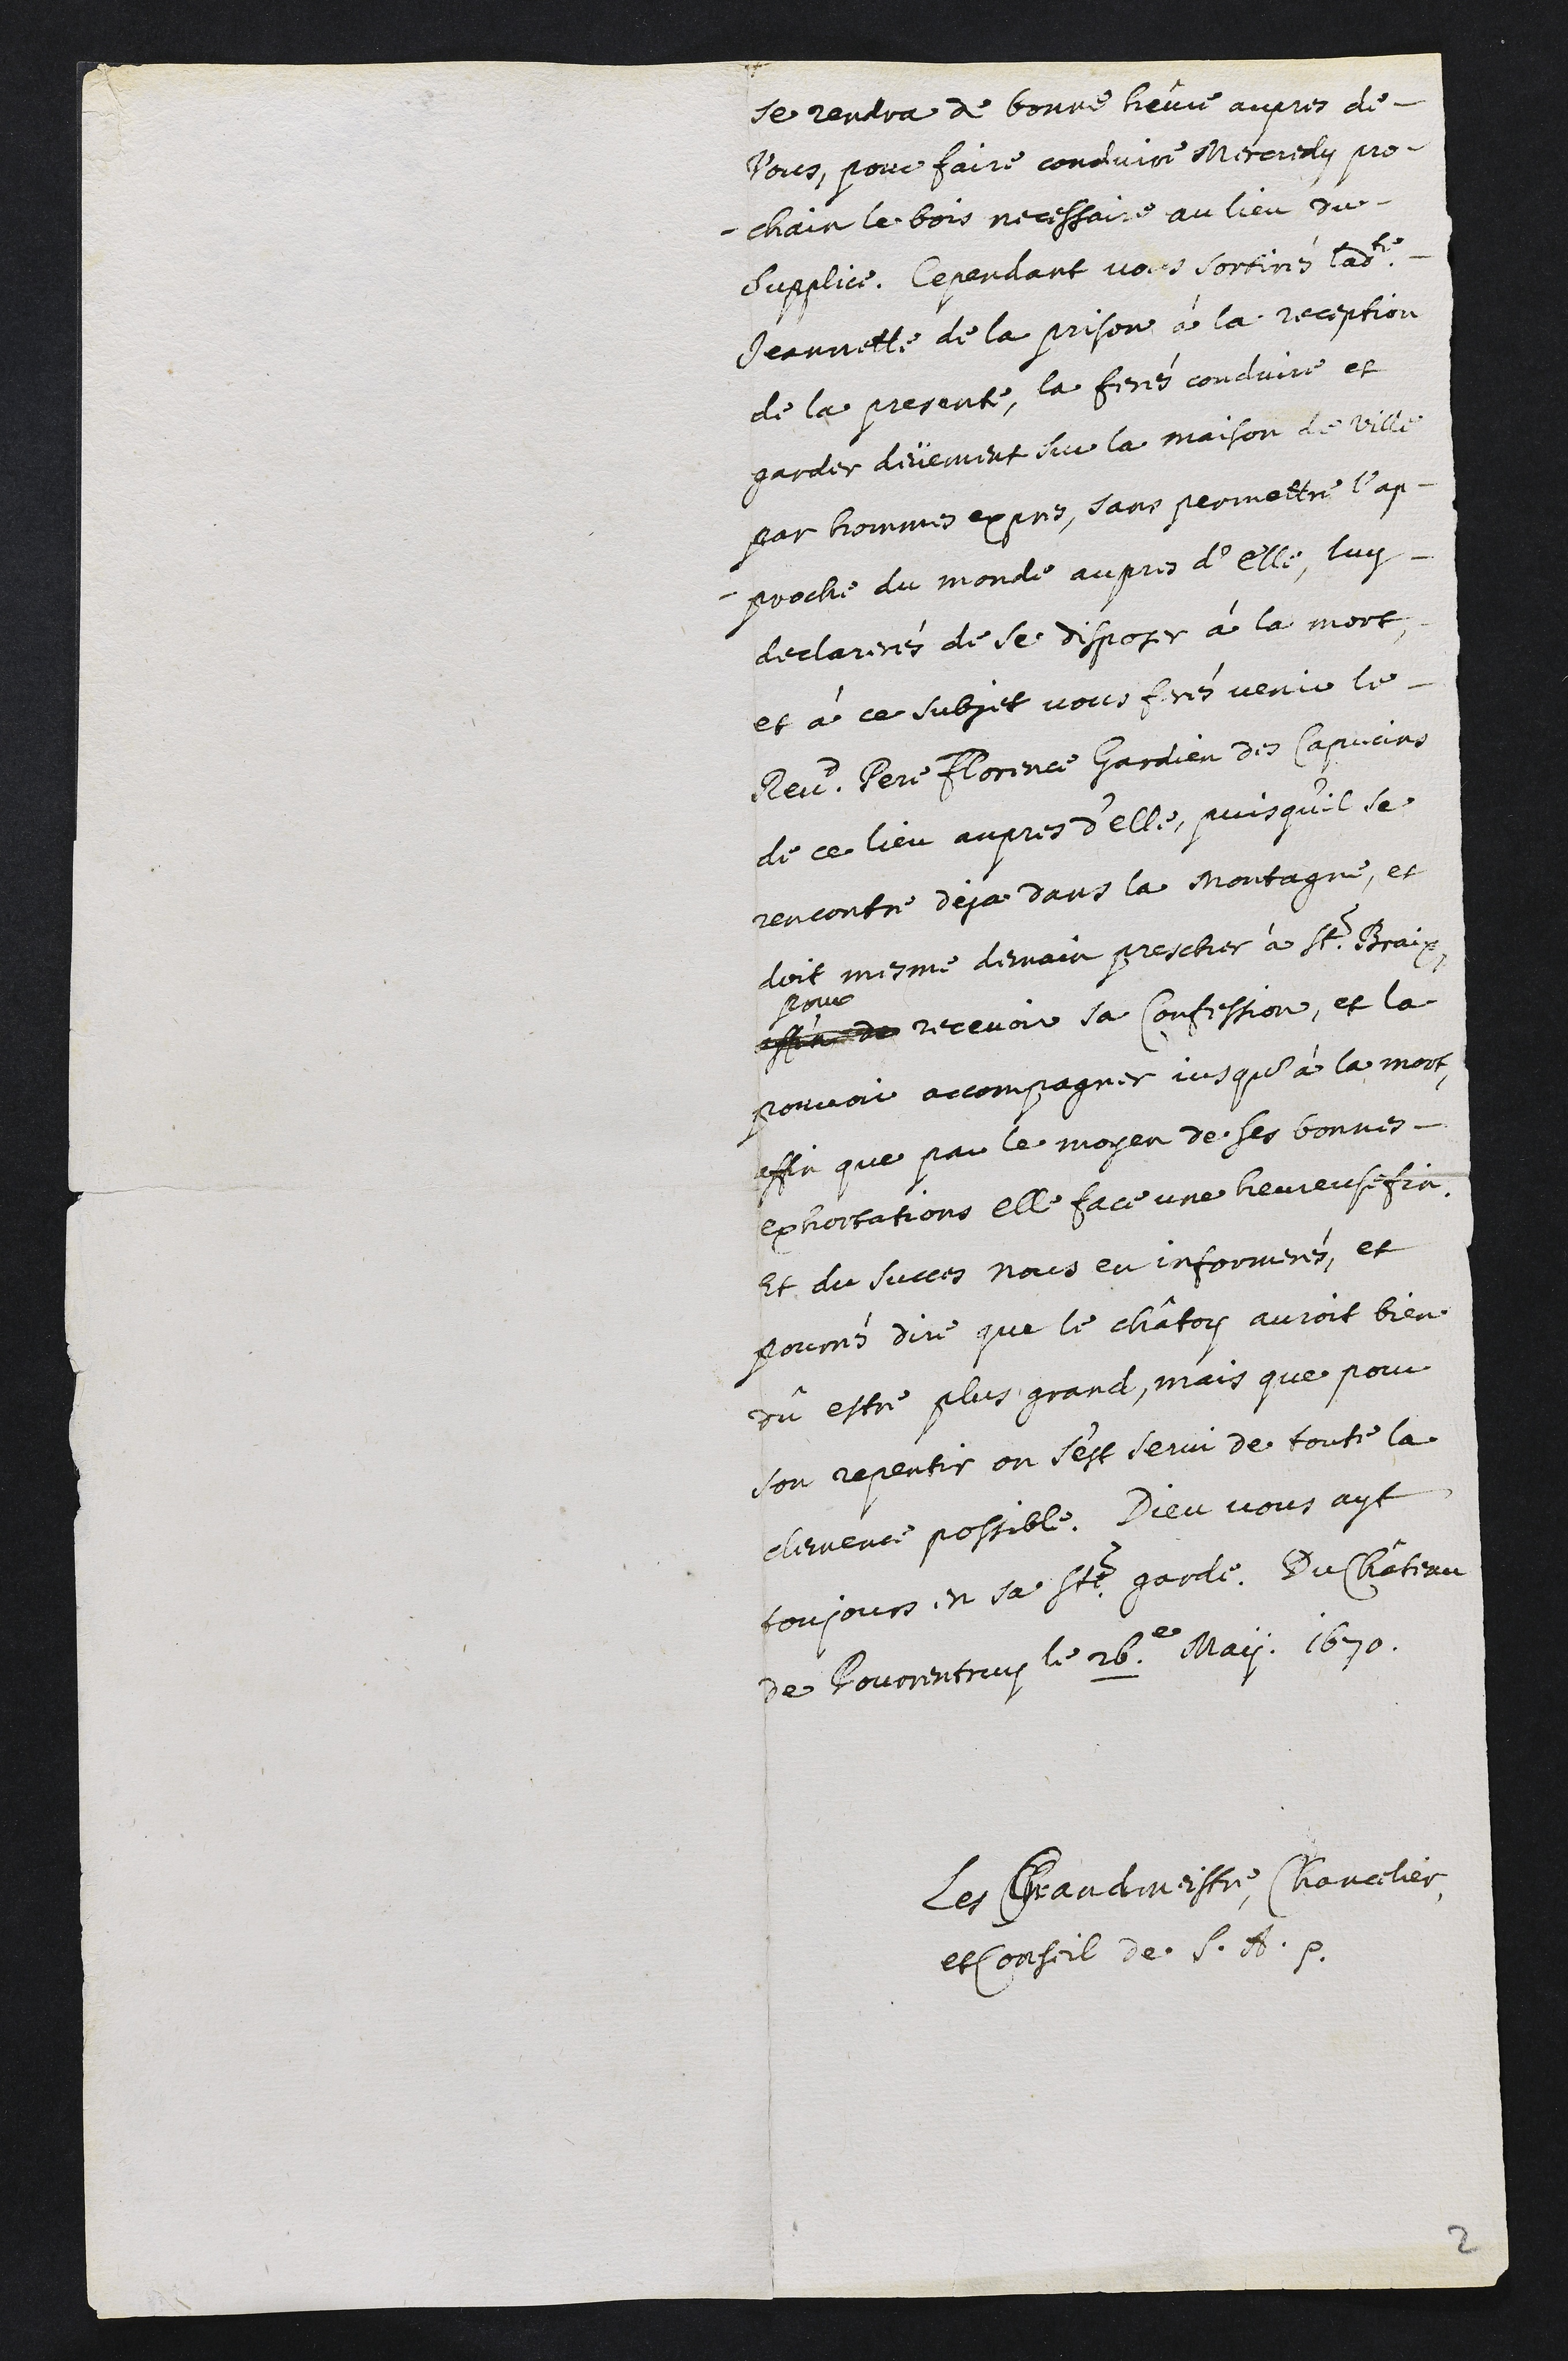
se rendra de bonne heure aupres de
vous, pour faire conduire mercredy pro-
chain le bois necessaire au lieu du
supplice. Cependant vous sortirés ladite
Jeannette de la prison à la reception
de la presente, la ferés conduire et
garder deüement sur la maison de ville
par hommes expres, sans permettre l’ap-
proche du monde aupres d’elle. Luy
declarerés de se disposer à la mort,
et à ce subject vous ferés venir le
Reverend Père Florence Gardien des Capucins
de ce lieu aupres d’elle, puisqu’il se
rencontre deja dans la Montagne, et
doit mesme demain prescher à St. Braix,
affin de
pour
recevoir sa confession, et la
pouvoir accompagner jusqu’à la mort,
affin que par le moyen de ses bonnes
exhortations elle face une heureuse fin.
Et du succes nous en informerés, et
pourrés dire que le châtoy auroit bien
dû estre plus grand, mais que pour
son repentir on s’est servi de toute la
clemence possible. Dieu vous ayt
toujours en sa Ste. garde. Du château
de Pourrentruy le 26.e May. 1670.
Les Grandmeistre, Chancelier,
et Conseil de Son Altesse